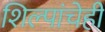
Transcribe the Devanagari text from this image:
शिल्पांचेही